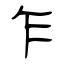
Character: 乍